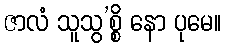
ဇာလံ သူသွ’စ္စိ နော ပုမေ။